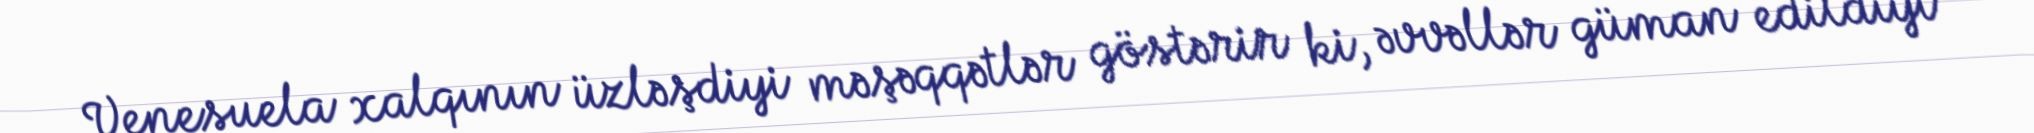
Venesuela xalqının üzləşdiyi məşəqqətlər göstərir ki, əvvəllər güman edildiyi